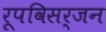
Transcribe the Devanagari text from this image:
रूपविसर्जन